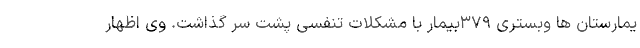
یمارستان ها وبستری ۳۷۹بیمار با مشکلات تنفسی پشت سر گذاشت. وی اظهار